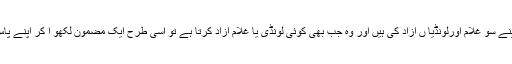
تو آپ ؒ فرمانے لگے : ’’ اس اعرابی نے اسی طرح اپنے سو غلام اورلونڈیا ں آزاد کی ہیں اور وہ جب بھی کوئی لونڈی یا غلام آزاد کرتا ہے تو اسی طرح ایک مضمون لکھو ا کر اپنے پاس رکھ لیتا ہے اور لونڈی یا غلام کو آزاد کردیتا ہے ۔